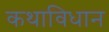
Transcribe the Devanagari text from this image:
कथाविधान